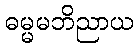
ဓမ္မမဘိညာယ